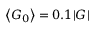
\left\langle G _ { 0 } \right\rangle = 0 . 1 | G |